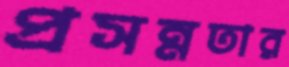
প্রসন্নতার